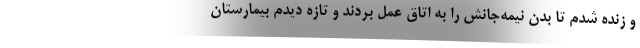
و زنده شدم تا بدن نیمه‌جانش را به اتاق عمل بردند و تازه دیدم بیمارستان